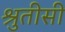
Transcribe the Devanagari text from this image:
श्रुतीसी